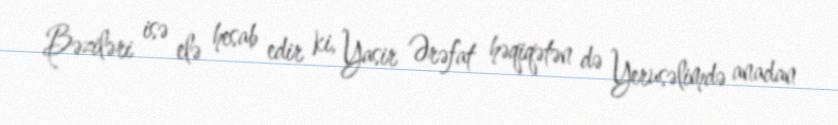
Bəziləri isə elə hesab edir ki, Yasir Ərəfat həqiqətən də Yerusəlimdə anadan